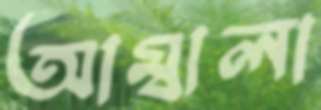
আম্বালা